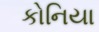
કોનિયા